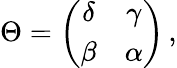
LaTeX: \Theta=\left(\begin{array}{cc}{{\delta}}&{{\gamma}}\\ {{\beta}}&{{\alpha}}\end{array}\right)\, ,